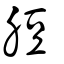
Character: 脰